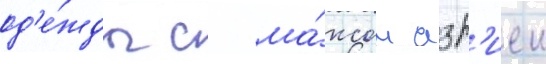
од'е́жды с ма́ксом азр'иеи